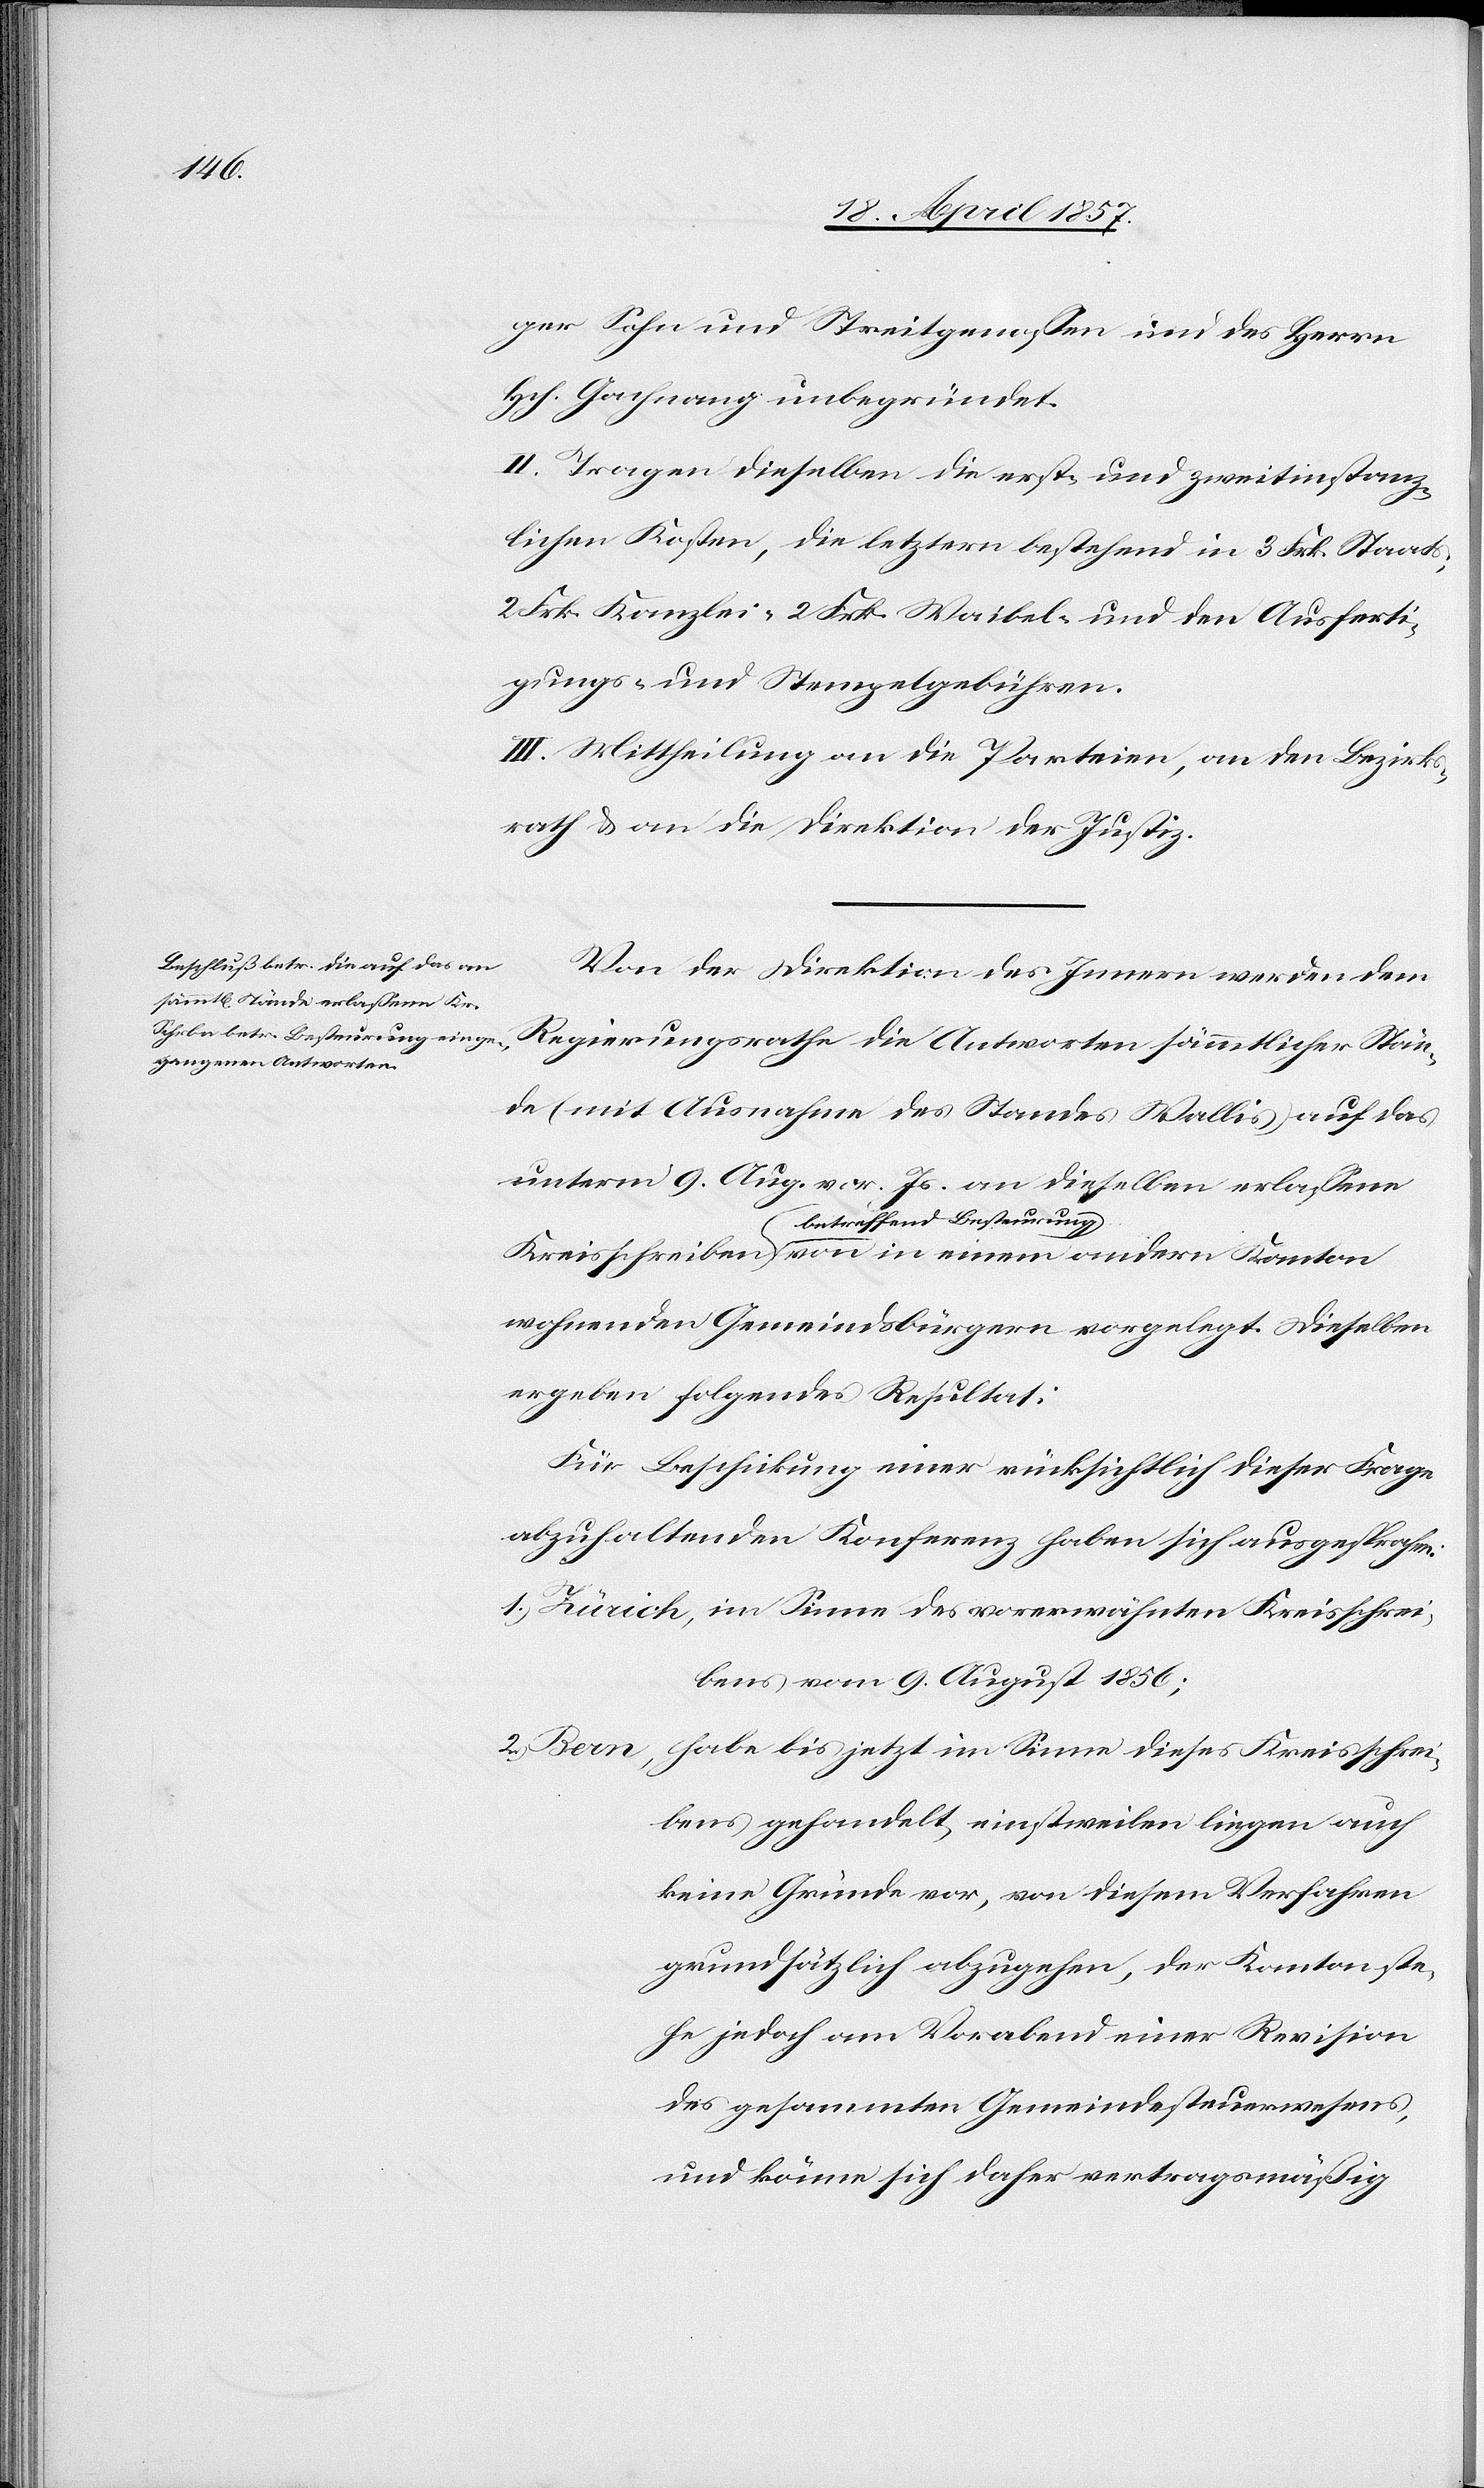
s-[,]

ger Sohn und Streitgenossen und des Herrn
Hch. Gachnang unbegründet.
II. Tragen dieselben die erst- und zweitinstanz¬
lichen Kosten, die letztern bestehend in 3 Frk. Staat¬
2 Frk. Kanzlei-[,] 2 Frk. Waibel- und den Ausferti¬
gungs- und Stempelgebühren.
III. Mittheilung an die Parteien, an den Bezirks¬
rath & an die Direktion der Justiz.
Von der Direktion des Innern werden dem
Regierungsrathe die Antworten sämmtlicher Stän¬
de (mit Ausnahme des Standes Wallis) auf das
unterm 9. Aug. vor. Js. an dieselben erlassene
a-betreffend Besteurung-a
wohnenden Gemeindsbürgern vorgelegt. Dieselben
ergeben folgendes Resultat:
Für Beschickung einer rücksichtlich dieser Frage
abzuhaltenden Konferenz haben sich ausgesprochen:
1. Zürich, im Sinne des vorerwähnten Kreisschrei¬
bens vom 9. August 1856;
2. Bern, habe bis jetzt im Sinne dieses Kreisschrei¬
bens gehandelt, einstweilen liegen auch
keine Gründe vor, von diesem Verfahren
grundsätzlich abzugehen, der Kanton ste¬
he jedoch am Vorabend einer Revision
des gesammten Gemeindesteuerwesens,
und könne sich daher vertragsmäßig